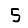
Digit: 5